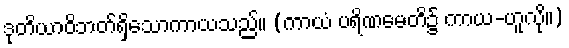
ဒုတိယာဝိဘတ်ရှိသောကာယသည်။ (ကာယံ ပရိဏမေတိ၌ ကာယ-ဟူလို။)